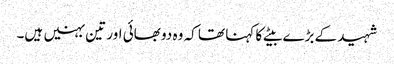
شہید کے بڑے بیٹے کا کہنا تھا کہ وہ دو بھائی اور تین بہنیں ہیں۔